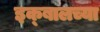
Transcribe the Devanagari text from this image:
इक्बालच्या